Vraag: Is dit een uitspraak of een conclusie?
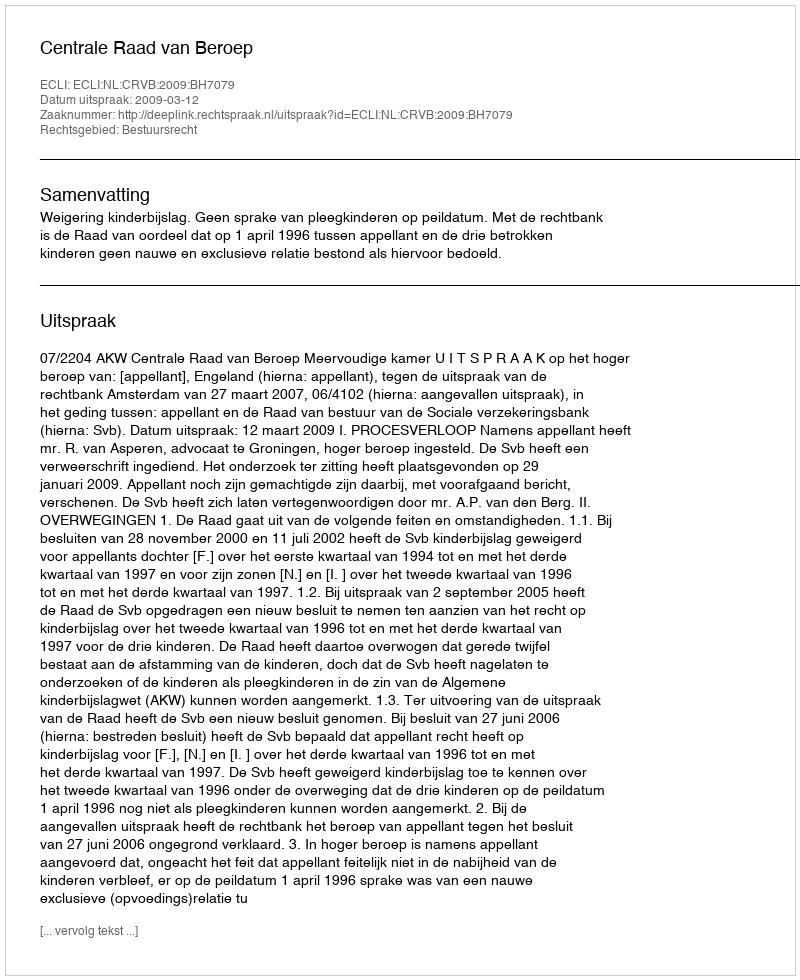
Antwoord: Uitspraak